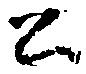
公